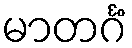
မာတင်္ဂံ